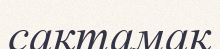
сақтамақ